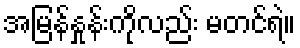
အမြန်နှုန်းကိုလည်း မတင်ရဲ။